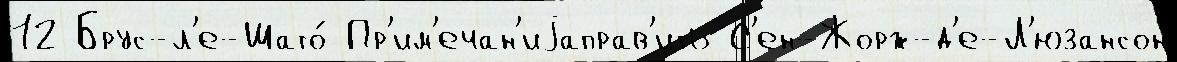
12 Брус-л'е-Шато́ Пр'им'ечан'иjаправ'ить С'ен-Жорж-д'е-Л'юзансон